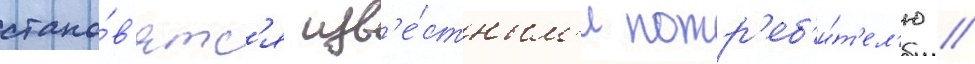
стано́в'ятс'я изв'е́стным'и потр'еб'и́т'ел'ю //